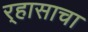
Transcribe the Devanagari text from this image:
र्‍हासाचा